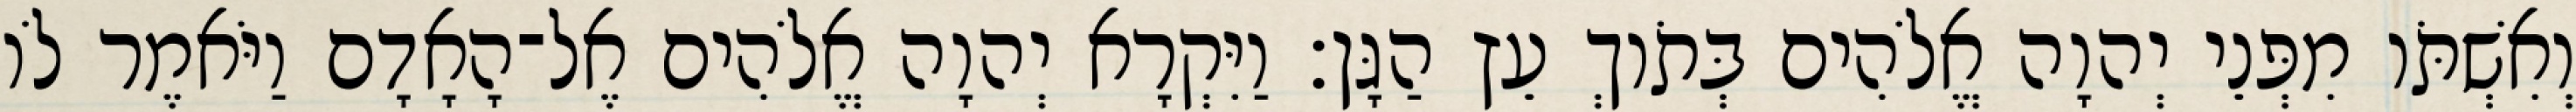
וְאִשְׁתֹּו מִפְּנֵי יְהוָה אֱלֹהִים בְּתֹוךְ עֵץ הַגָּן׃ וַיִּקְרָא יְהוָה אֱלֹהִים אֶל־הָאָדָם וַיֹּאמֶר לֹו